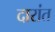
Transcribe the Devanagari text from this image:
दारांत